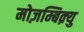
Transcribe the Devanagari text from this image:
मोज़म्बिक़्यु